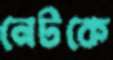
নেটকে